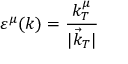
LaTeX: \varepsilon ^ { \mu } ( k ) = \frac { k _ { T } ^ { \mu } } { | \vec { k } _ { T } | }